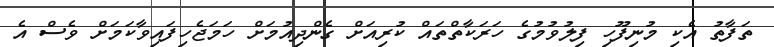
ތަފާތު އެކި މުނިފޫހި ފިލުވުމުގެ ހަރަކާތްތައް ކުރިއަށް ގެންދިއުމަށް ހަމަޖެހިފައިވާކަމަށް ވެސް އެ